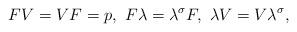
LaTeX: \begin{align*} FV=VF=p, \ F \lambda = \lambda^\sigma F, \ \lambda V=V \lambda^\sigma,\end{align*}